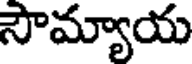
సౌమ్యాయ